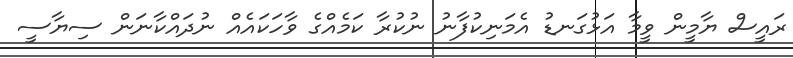
ރައީސް ޔާމީން ވީމާ އަޅުގަނޑު އެމަނިކުފާނު ނުކުރާ ކަމެއްގެ ވާހަކައެއް ނުދައްކާނަން ސިޔާސީ